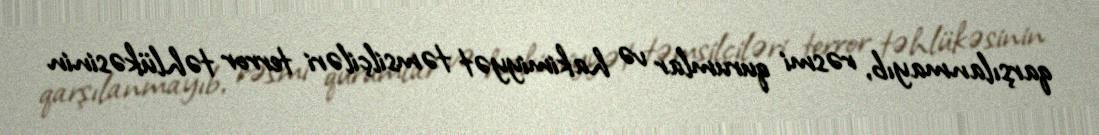
qarşılanmayıb, rəsmi qurumlar və hakimiyyət təmsilçiləri terror təhlükəsinin